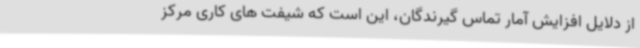
از دلایل افزایش آمار تماس گیرندگان، این است که شیفت های کاری مرکز